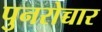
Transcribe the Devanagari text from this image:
पुनरोच्चार